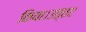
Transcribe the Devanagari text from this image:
किया।उत्तर